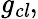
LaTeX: {\mathit{g_{cl}}},